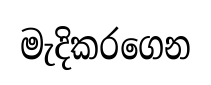
මැදිකරගෙන